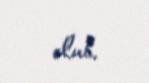
olub.